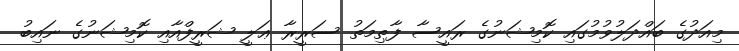
މިއަދުގެ ބައްދަލުވުމުގައި ކޮމިޝަނުގެ ރައީސާ ފާޠިމަތު ސަރީރާ ޢަލީ ޝަރީފްއާއި ކޮމިޝަނުގެ ނައިބު